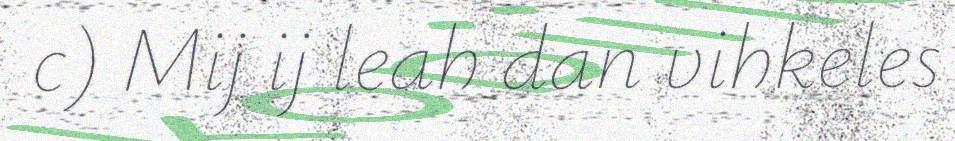
c) Mij ij leah dan vihkeles